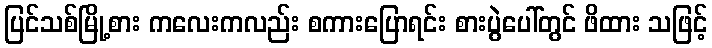
ပြင်သစ်မြို့စား ကလေးကလည်း စကားပြောရင်း စားပွဲပေါ်တွင် ဖိထား သဖြင့်